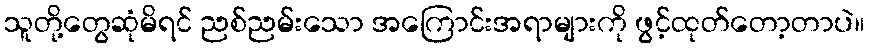
သူတို့တွေဆုံမိရင် ညစ်ညမ်းသော အကြောင်းအရာများကို ဖွင့်ထုတ်တော့တာပဲ။